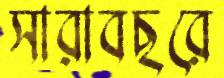
সারাবছরে